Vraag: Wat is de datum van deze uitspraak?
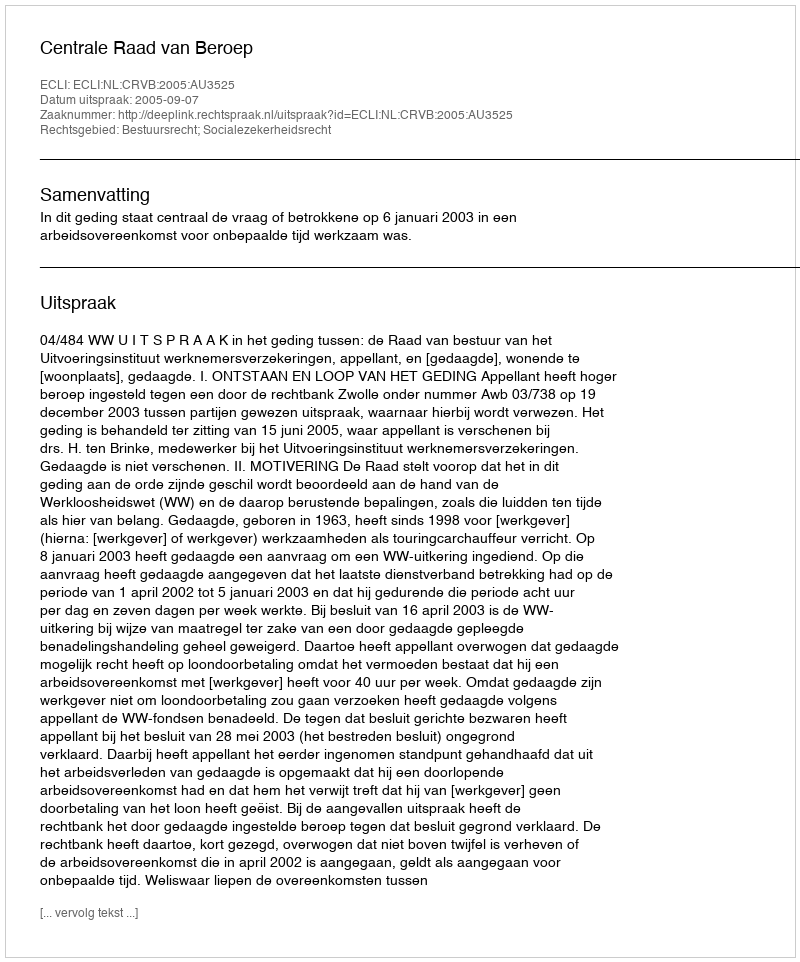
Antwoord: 2005-09-07